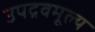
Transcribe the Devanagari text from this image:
उपद्रवमूल्य